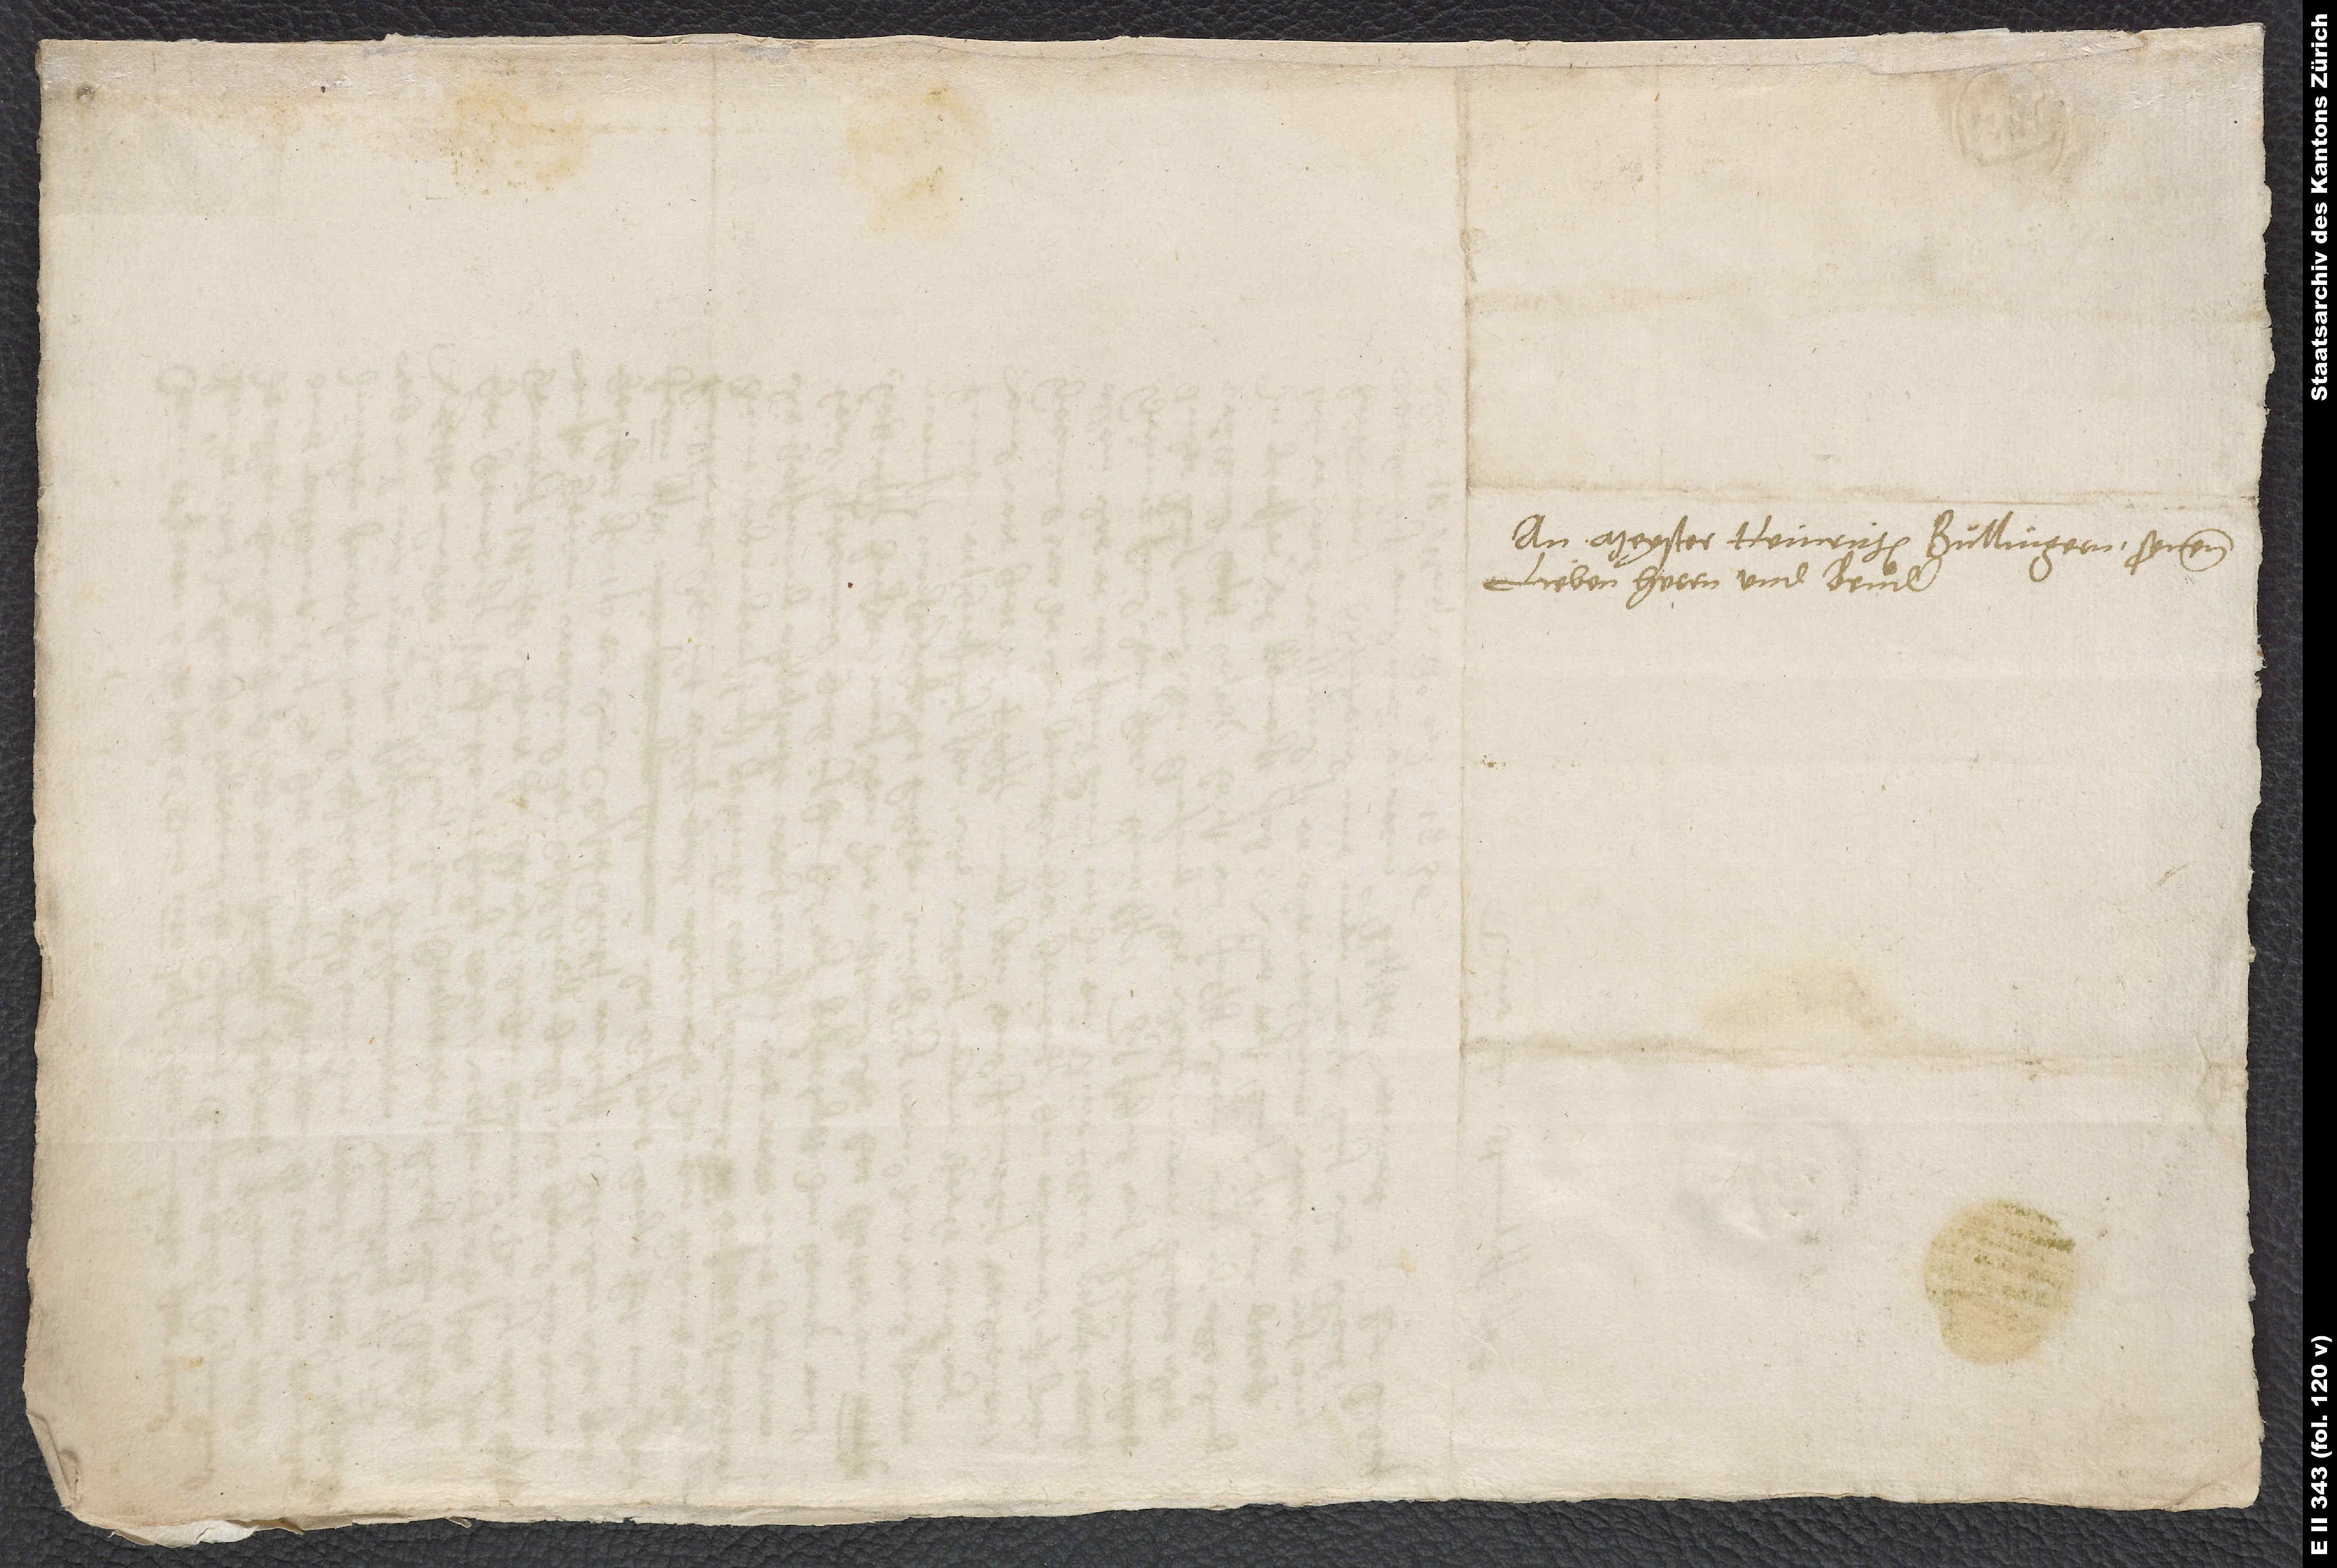
An Meyster Heinrichen Bullingern, synen